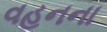
વહનના